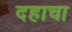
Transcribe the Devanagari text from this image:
दहाचा